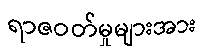
ရာဇဝတ်မှုများအား